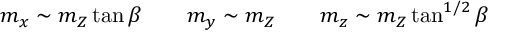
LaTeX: m _ { x } \sim m _ { Z } \tan \beta \qquad m _ { y } \sim m _ { Z } \qquad m _ { z } \sim m _ { Z } \tan ^ { 1 / 2 } \beta